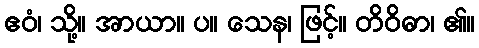
ဧဝံ၊ သို့။ အာယာ။ ပ။ သေန၊ ဖြင့်။ တိဝိဓာ၊ ၏။